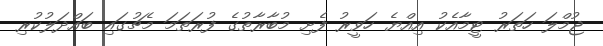
ޖުމްލަ ހަތަރު ޓީމާއެކު އިއްޔެ ހަވީރު ފެށި މުބާރާތުގެ ފުރަތަމަ މެޗުގައި ބައްދަލުކުރި